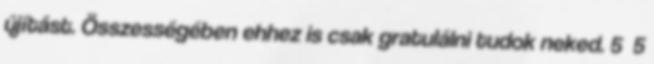
újítást. Összességében ehhez is csak gratulálni tudok neked. 5 5